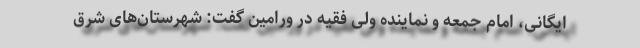
ایگانی، امام جمعه و نماینده ولی فقیه در ورامین گفت: شهرستان‌های شرق